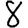
Digit: 8